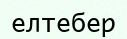
елтебер